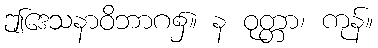
ဤဒေသနာဝိဘာဂ၌။ န ဝုတ္တာ၊ ကုန်။